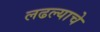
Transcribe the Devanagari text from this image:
लढल्याचे